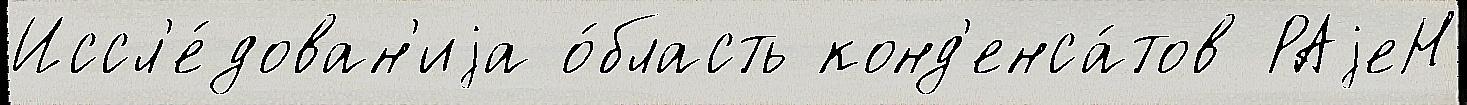
Иссл'е́дован'иjа о́бласть конд'енса́тов РАjеН